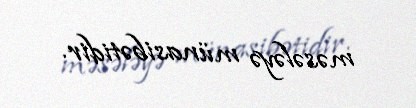
məsələyə münasibətidir.